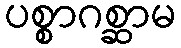
ပစ္စာဂစ္ဆာမ